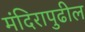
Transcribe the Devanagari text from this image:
मंदिरापुढील